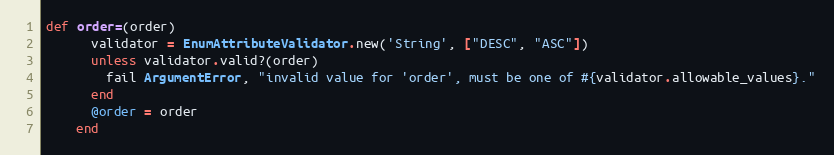
Language: Ruby
def order=(order)
      validator = EnumAttributeValidator.new('String', ["DESC", "ASC"])
      unless validator.valid?(order)
        fail ArgumentError, "invalid value for 'order', must be one of #{validator.allowable_values}."
      end
      @order = order
    end